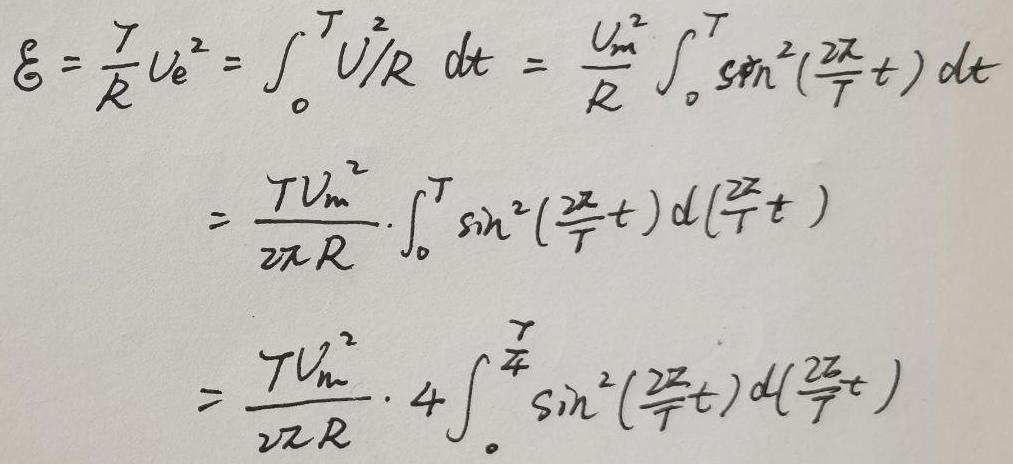
\[
\begin{align*}
\xi&=\frac{T}{R}U_{e}^{2}=\int_{0}^{T}\frac{U^{2}}{R}dt=\frac{U_{m}^{2}}{R}\int_{0}^{T}\sin^{2}(\frac{2\pi}{T}t)dt\\
&=\frac{TU_{m}^{2}}{2\pi R}\cdot\int_{0}^{T}\sin^{2}(\frac{2\pi}{T}t)d(\frac{2\pi}{T}t)\\
&=\frac{TU_{m}^{2}}{2\pi R}\cdot4\int_{0}^{\frac{T}{4}}\sin^{2}(\frac{2\pi}{T}t)d(\frac{2\pi}{T}t)
\end{align*}
\]